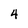
Character: 4